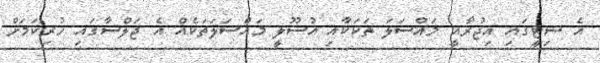
އެ ސިޓީގައި އިޖުރާއީ މައްސަލަ ތަކަކާއި އުސޫލީ މައްސަލަތަކެއް އެ ޖަލްސާގައި ހުރިކަމަށް